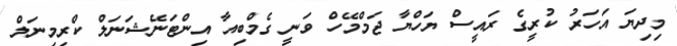
މިދިޔަ އަހަރު ކުރީގެ ރައީސް ޔަހްޔާ ޖަމްމޭހް ވަނީ ގެމްބިއާ އިންޓަނޭޝަނަލް ކްރިމިނަލް